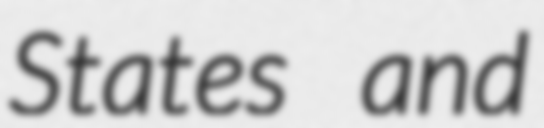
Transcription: States and